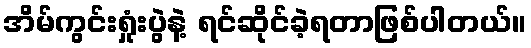
အိမ်ကွင်းရှုံးပွဲနဲ့ ရင်ဆိုင်ခဲ့ရတာဖြစ်ပါတယ်။